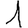
Digit: 1